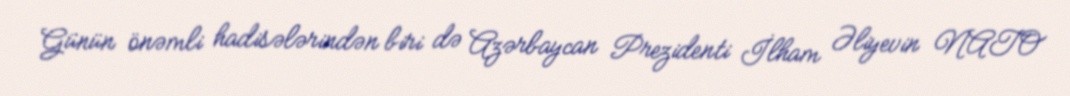
Günün önəmli hadisələrindən biri də Azərbaycan Prezidenti İlham Əliyevin NATO